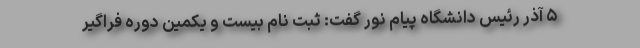
۵ آذر رئیس دانشگاه پیام نور گفت: ثبت نام بیست و یکمین دوره فراگیر